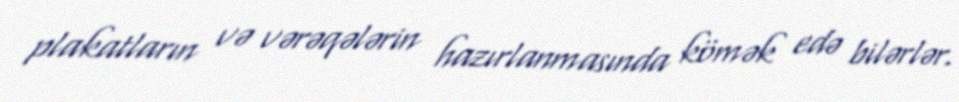
plakatların və vərəqələrin hazırlanmasında kömək edə bilərlər.